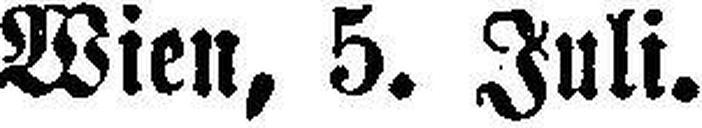
Wien, 5. Juli.